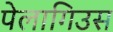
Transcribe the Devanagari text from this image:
पेलागिउस